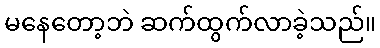
မနေတော့ဘဲ ဆက်ထွက်လာခဲ့သည်။